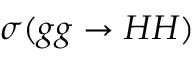
\sigma ( g g \rightarrow H H )